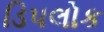
ડિપલોક